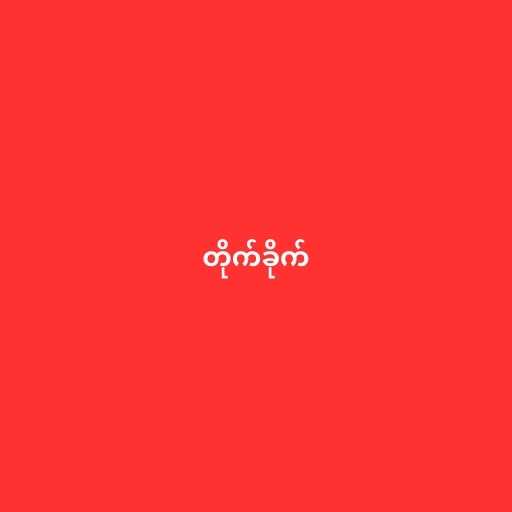
တိုက်ခိုက်